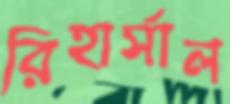
রিহার্সাল